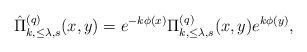
\begin{align*} \hat\Pi^{(q)}_{k,\leq\lambda,s}(x,y)=e^{-k\phi(x)}\Pi^{(q)}_{k,\leq\lambda,s}(x,y)e^{k\phi(y)},\end{align*}